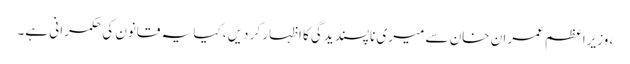
، وزیراعظم عمران خان سے میری ناپسندیدگی کا اظہار کر دیں، کیا یہ قانون کی حکمرانی ہے۔